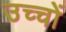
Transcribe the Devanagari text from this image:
उच्चों